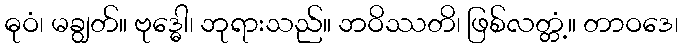
ဓုဝံ၊ မချွတ်။ ဗုဒ္ဓေါ၊ ဘုရားသည်။ ဘဝိဿတိ၊ ဖြစ်လတ္တံ့။ တာဝဒေ၊